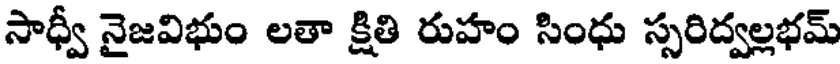
సాధ్వీ నైజవిభుం లతా క్షితి రుహం సింధు స్సరిద్వల్లభమ్